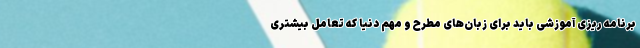
برنامه ریزی آموزشی باید برای زبان‌های مطرح و مهم دنیا که تعامل بیشتری